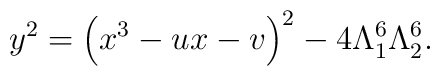
y^2=\left(x^3-ux-v\right)^2-4\Lambda_1^6\Lambda_2^6.